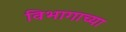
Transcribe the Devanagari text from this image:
विभागाच्‍या